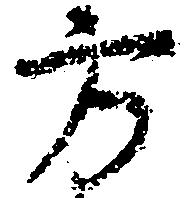
方